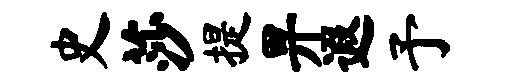
史莎提畀遐予